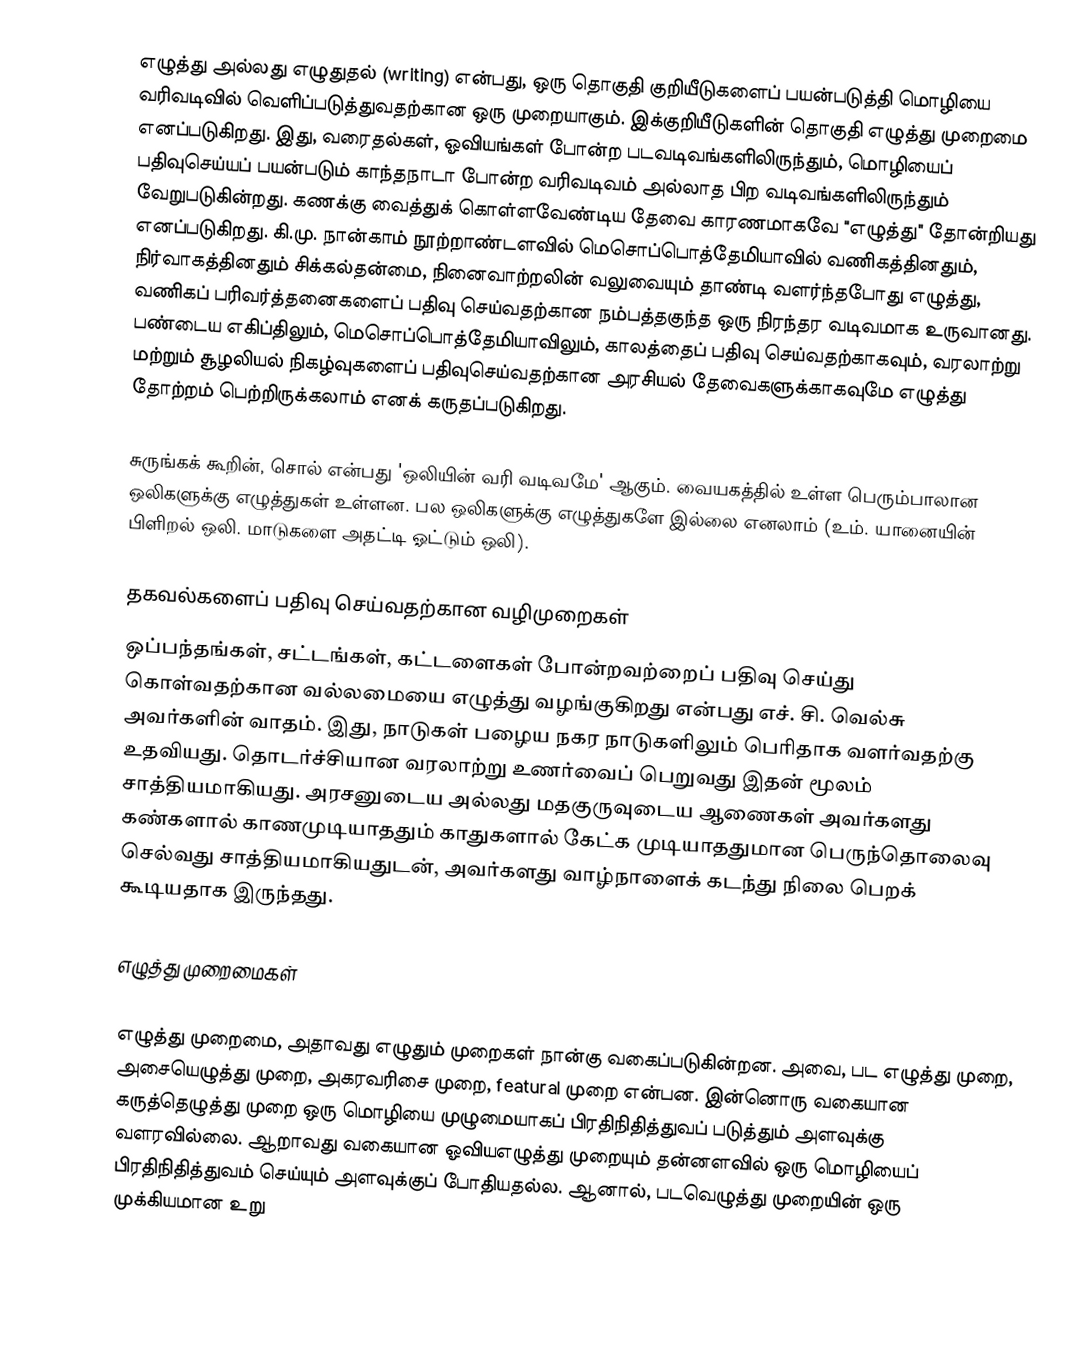
எழுத்து அல்லது எழுதுதல் (writing) என்பது, ஒரு தொகுதி குறியீடுகளைப் பயன்படுத்தி மொழியை வரிவடிவில் வெளிப்படுத்துவதற்கான ஒரு முறையாகும். இக்குறியீடுகளின் தொகுதி எழுத்து முறைமை எனப்படுகிறது. இது, வரைதல்கள், ஓவியங்கள் போன்ற படவடிவங்களிலிருந்தும், மொழியைப் பதிவுசெய்யப் பயன்படும் காந்தநாடா போன்ற வரிவடிவம் அல்லாத பிற வடிவங்களிலிருந்தும் வேறுபடுகின்றது. கணக்கு வைத்துக் கொள்ளவேண்டிய தேவை காரணமாகவே "எழுத்து" தோன்றியது எனப்படுகிறது. கி.மு. நான்காம் நூற்றாண்டளவில் மெசொப்பொத்தேமியாவில் வணிகத்தினதும், நிர்வாகத்தினதும் சிக்கல்தன்மை, நினைவாற்றலின் வலுவையும் தாண்டி வளர்ந்தபோது எழுத்து, வணிகப் பரிவர்த்தனைகளைப் பதிவு செய்வதற்கான நம்பத்தகுந்த ஒரு நிரந்தர வடிவமாக உருவானது. பண்டைய எகிப்திலும், மெசொப்பொத்தேமியாவிலும், காலத்தைப் பதிவு செய்வதற்காகவும், வரலாற்று மற்றும் சூழலியல் நிகழ்வுகளைப் பதிவுசெய்வதற்கான அரசியல் தேவைகளுக்காகவுமே எழுத்து தோற்றம் பெற்றிருக்கலாம் எனக் கருதப்படுகிறது.

சுருங்கக் கூறின், சொல் என்பது 'ஒலியின் வரி வடிவமே' ஆகும். வையகத்தில் உள்ள பெரும்பாலான ஒலிகளுக்கு எழுத்துகள் உள்ளன. பல ஒலிகளுக்கு எழுத்துகளே இல்லை எனலாம் (உம். யானையின் பிளிறல் ஒலி. மாடுகளை அதட்டி ஓட்டும் ஒலி).

தகவல்களைப் பதிவு செய்வதற்கான வழிமுறைகள்
ஒப்பந்தங்கள், சட்டங்கள், கட்டளைகள் போன்றவற்றைப் பதிவு செய்து கொள்வதற்கான வல்லமையை எழுத்து வழங்குகிறது என்பது எச். சி. வெல்சு அவர்களின் வாதம். இது, நாடுகள் பழைய நகர நாடுகளிலும் பெரிதாக வளர்வதற்கு உதவியது. தொடர்ச்சியான வரலாற்று உணர்வைப் பெறுவது இதன் மூலம் சாத்தியமாகியது. அரசனுடைய அல்லது மதகுருவுடைய ஆணைகள் அவர்களது கண்களால் காணமுடியாததும் காதுகளால் கேட்க முடியாததுமான பெருந்தொலைவு செல்வது சாத்தியமாகியதுடன், அவர்களது வாழ்நாளைக் கடந்து நிலை பெறக் கூடியதாக இருந்தது.

எழுத்து முறைமைகள்

எழுத்து முறைமை, அதாவது எழுதும் முறைகள் நான்கு வகைப்படுகின்றன. அவை, பட எழுத்து முறை, அசையெழுத்து முறை, அகரவரிசை முறை, featural முறை என்பன. இன்னொரு வகையான கருத்தெழுத்து முறை ஒரு மொழியை முழுமையாகப் பிரதிநிதித்துவப் படுத்தும் அளவுக்கு வளரவில்லை. ஆறாவது வகையான ஓவியஎழுத்து முறையும் தன்னளவில் ஒரு மொழியைப் பிரதிநிதித்துவம் செய்யும் அளவுக்குப் போதியதல்ல. ஆனால், படவெழுத்து முறையின் ஒரு முக்கியமான உறு